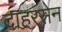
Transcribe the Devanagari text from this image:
दाहरसेन